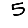
Digit: 5